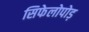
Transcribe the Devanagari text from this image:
सिफेलोपोड़